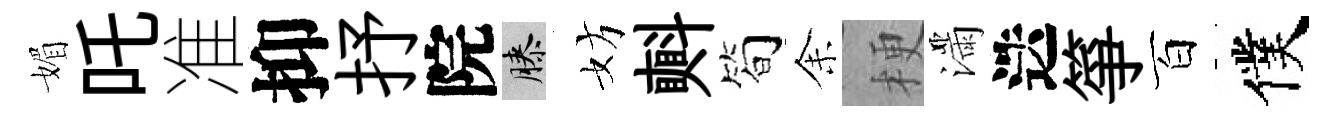
媚吒准抑抒院膝妨㪺简𪜬梗滿迭箏百僕